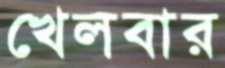
খেলবার